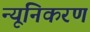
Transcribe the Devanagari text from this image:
न्यूनिकरण